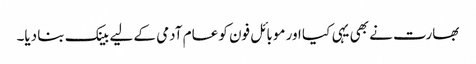
بھارت نے بھی یہی کیا اور موبائل فون کو عام آدمی کے لیے بینک بنا دیا۔